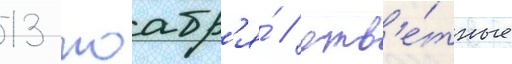
13 ноабр'я́ / отв'е́тные